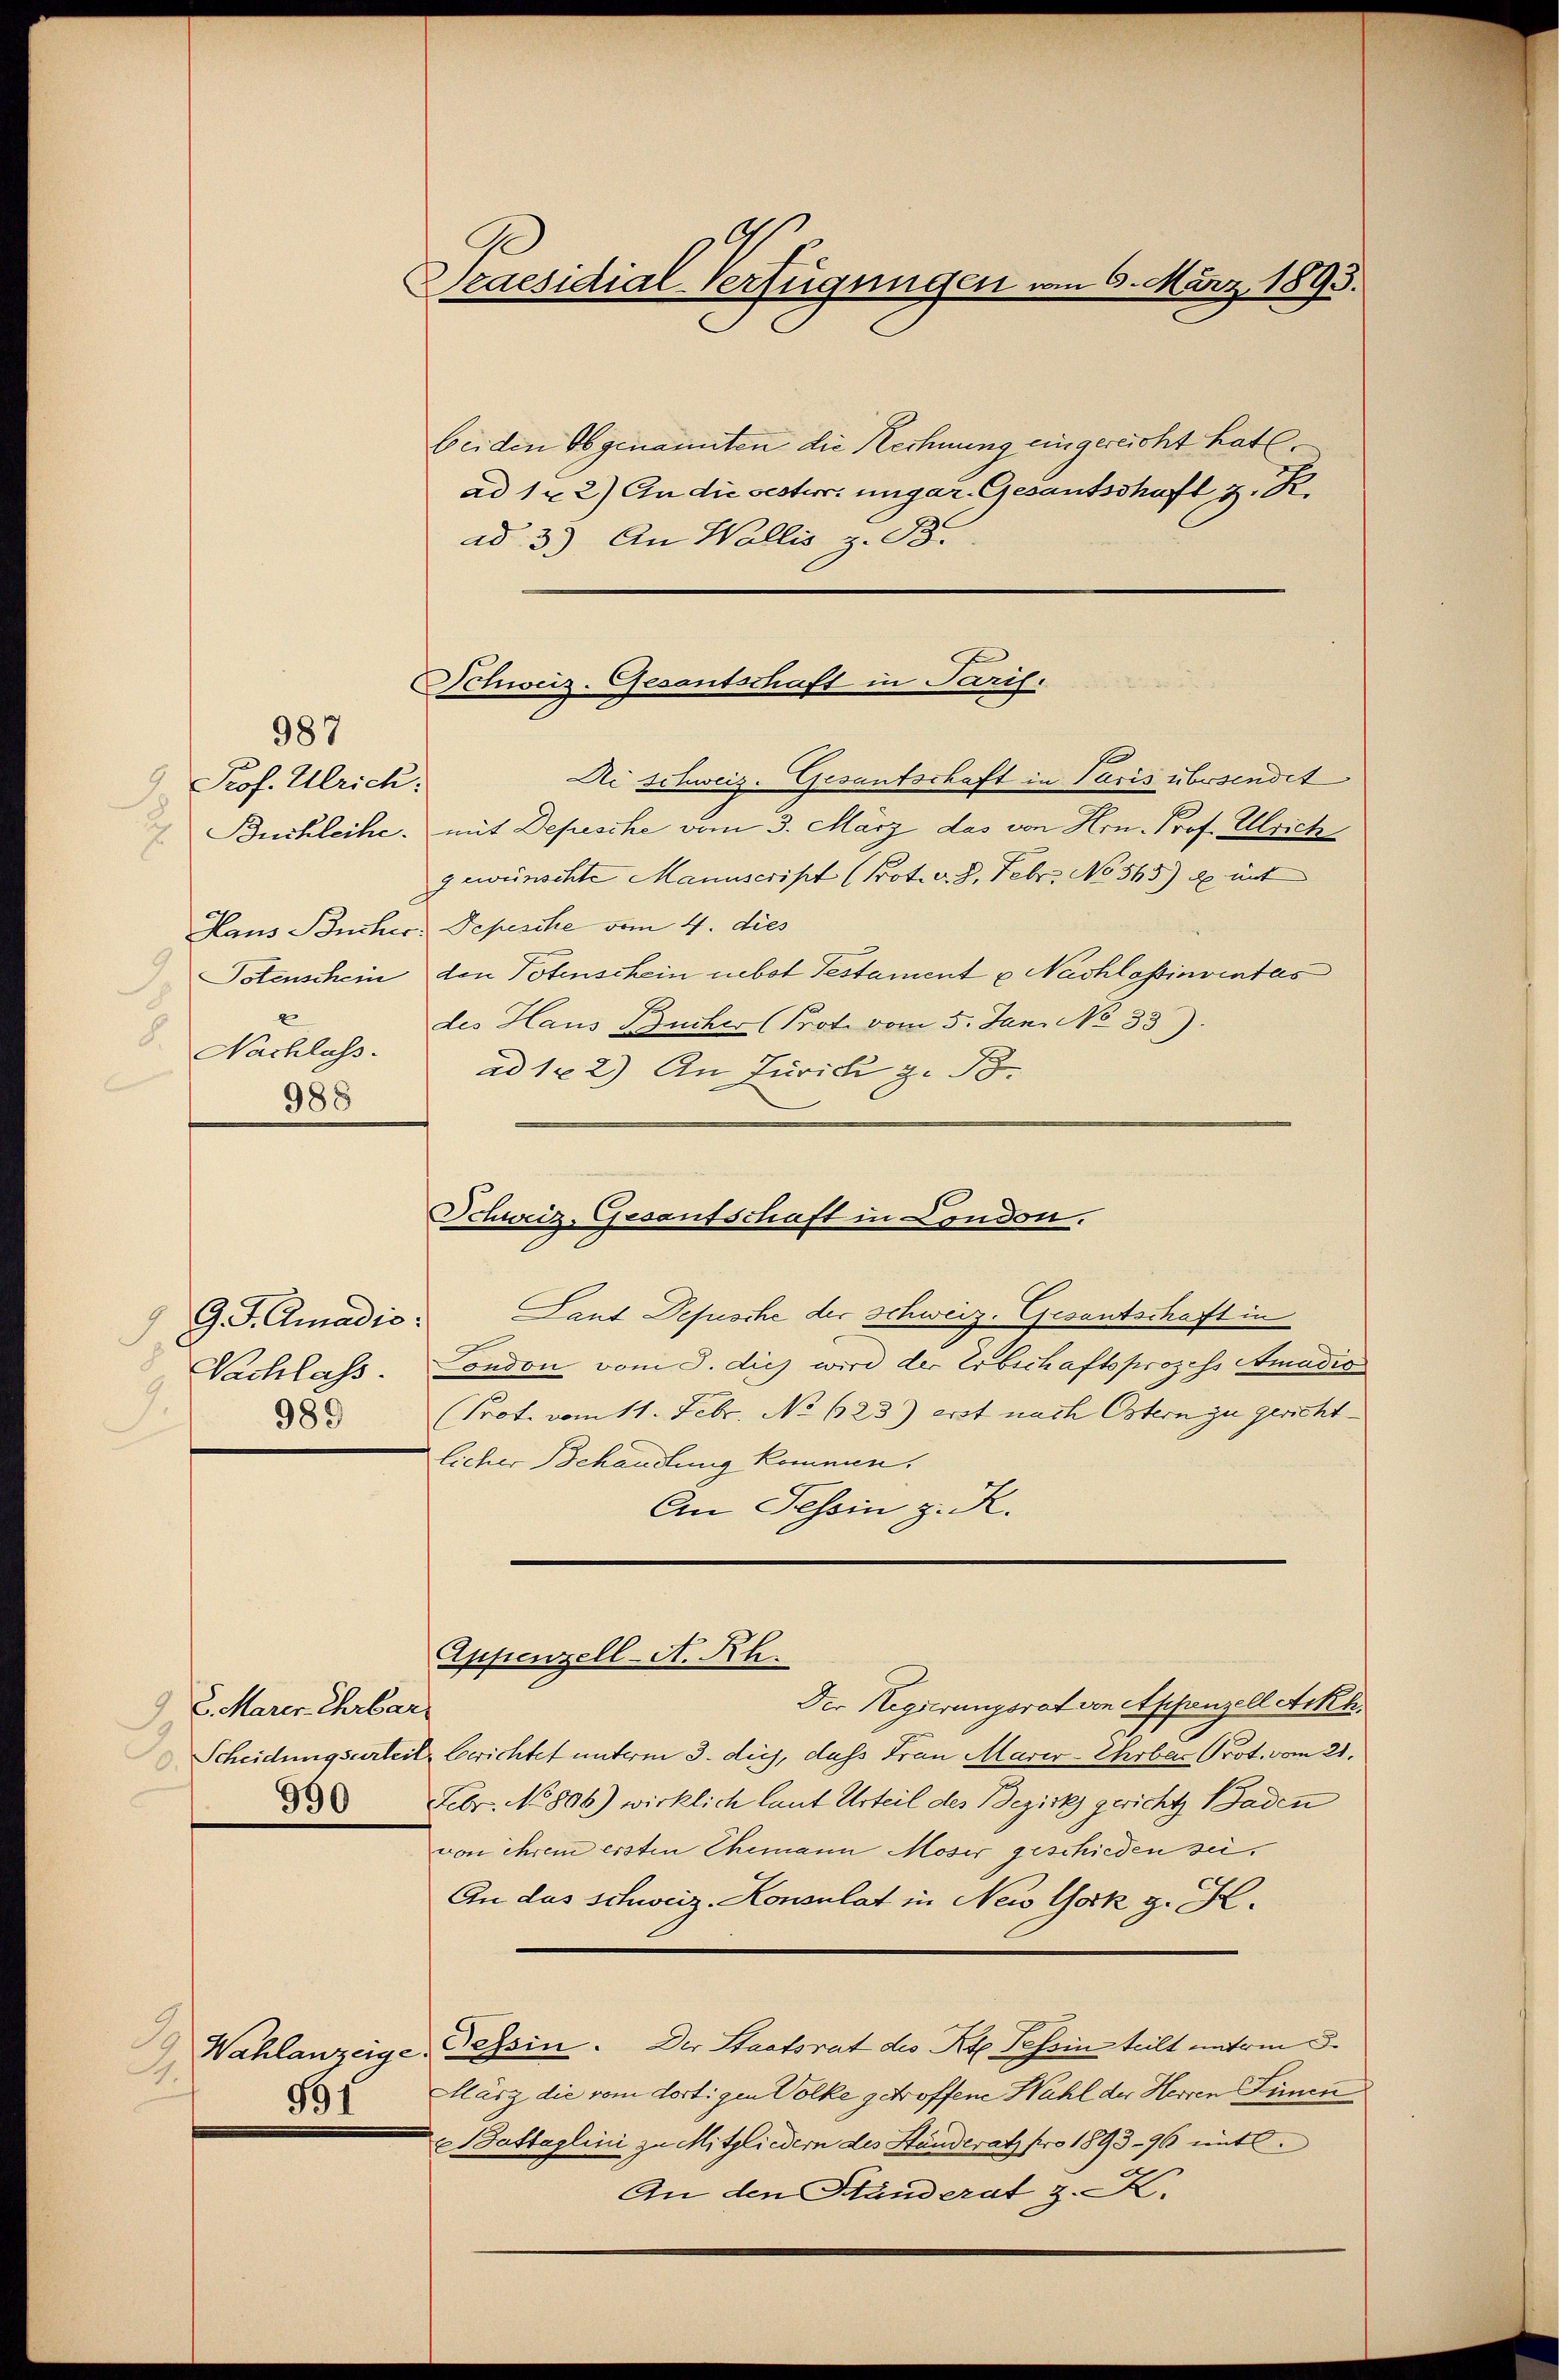
Prof. Ulrich.
x
8.
Nachlass.

G. P. Cmadić:

987

Laut Defische der Schweiz. Gesantschaft in
Nachlass. Condon vom 3. dies wird der Erbschaftsprozess Amadis
Prot. vom 11. Febr. No 623.) erst nach Ostern zu gericht
licher Behandlung kommen.
An Tessin z. R.
Der Regierungsrat von Appenzell Ackh.
S. Marer Ehrbar
Scheidungsurteil berichtet unterm 3. diej. dass Frau Mariv-Ehrbar Prot. vom 21.
 Febr. No 896) wirklich laut Urteil des Bezirks gericht Baden
von ihrem ersten Ehemann Moser geschieden sei,
An das schweiz. Konsulat in New York g. H.
3.
Wahlanzeige-Tessin. Der Staatsrat des Kt. Tessin teilt unterm 3.
14.
März die vom dortigen Volke getroffene Wahl der Herren Simen
951
Battaglini zu Mitgliedern des Ständerath pro 1893 - 96 mit
An den Händerat z. K.

989

Scaesidial-Verfügungen vom 6. März 1895.

beiden Obgenannten die Rechnung eingereicht hat.
ad 1 x 2) An die sesterr. ungar. Gesantschaft z. R.
ad 3.) An Wallis, z. B.
Ai Schweiz. Gesantschaft in Paris übersendet
Buchleihe, mit Depesche vom 3. März das von Hrn. Prof. Ulrich
gewünschte Manuscript (Prot. d. 8. Febr. No 565) u. mit
Haus Bücher Depesche vom 4. dies
Potenschein den Totenschein nebst Testament u Nachlassinventas
des Haus Bücher Prot. vom 5. Jan. No 33).
ad 122) An Jurich z. B.
988

Schweiz. Gesantschaft in Paris.

Schweiz. Gesantschaft in London.

Appenzell-A. Rh.